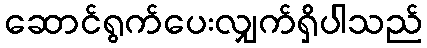
ဆောင်ရွက်ပေးလျှက်ရှိပါသည်